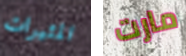
المثيرات مارت